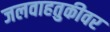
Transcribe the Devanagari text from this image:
जलवाहतुकीवर